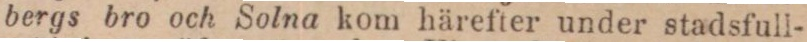
bergs bro och Solna kom härefter under stadsfull-